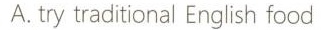
A.try traditional English food